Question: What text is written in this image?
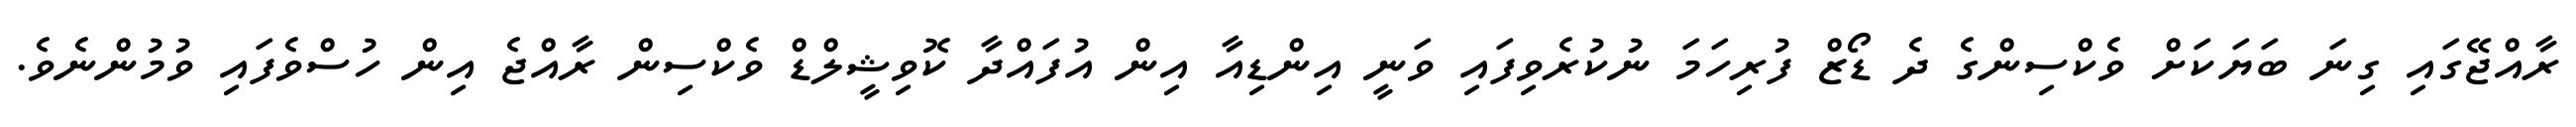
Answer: ރާއްޖޭގައި ގިނަ ބަޔަކަށް ވެކްސިންގެ ދެ ޑޯޒް ފުރިހަމަ ނުކުރެވިފައި ވަނީ އިންޑިއާ އިން އުފައްދާ ކޮވިޝީލްޑް ވެކްސިން ރާއްޖެ އިން ހުސްވެފައި ވުމުންނެވެ.